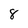
Character: 8